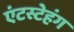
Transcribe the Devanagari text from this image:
एंटस्टेहंग